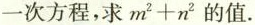
一次方程，求$$m ^ { 2 } + n ^ { 2 }$$的值。